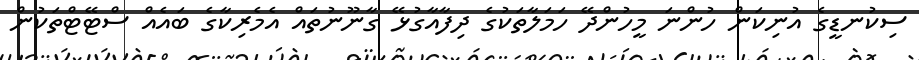
ސިކުނޑީގެ އުނިކަން ހުންނަ މީހުންދޭ ހަމަލާތަކުގެ ދިފާއާގުޅޭ ގާނޫނުތައް އެމެރިކާގެ ބައެއް ސްޓޭޓްތަކުން